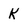
Character: K